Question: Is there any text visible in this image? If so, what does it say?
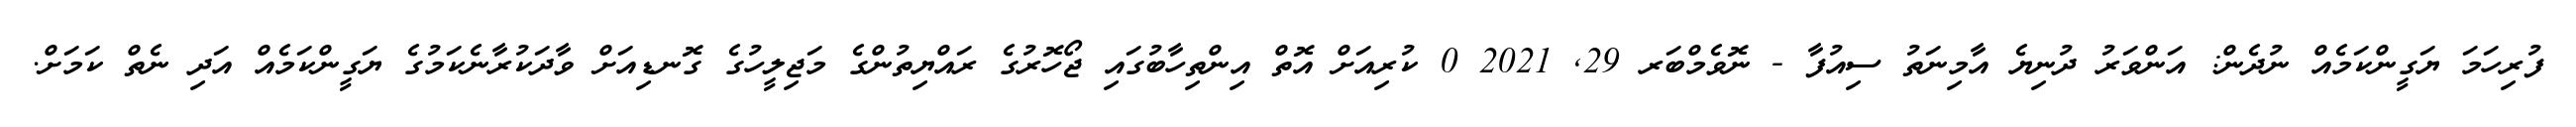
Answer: ފުރިހަމަ ޔަގީންކަމެއް ނުދެން: އަންވަރު ދުނިޔެ އާމިނަތު ސިއުފާ - ނޮވެމްބަރ 29, 2021 0 ކުރިއަށް އޮތް އިންތިހާބުގައި ޖޯހޮރުގެ ރައްޔިތުންގެ މަޖިލީހުގެ ގޮނޑިއަށް ވާދަކުރާނެކަމުގެ ޔަގީންކަމެއް އަދި ނެތް ކަމަށް.